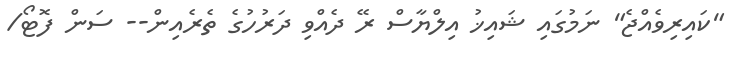
"ކައިރިވެއްޖެ" ނަމުގައި ޝައިޚު އިލްޔާސް ރޭ ދެއްވި ދަރުހުގެ ތެރެއިން-- ސަން ފޮޓޯ/